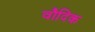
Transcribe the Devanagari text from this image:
वौदिक